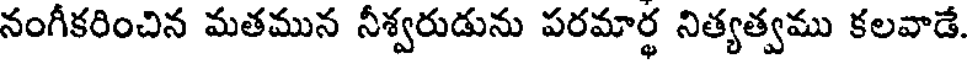
నంగీకరించిన మతమున నీశ్వరుడును పరమార్థ నిత్యత్వము కలవాడే.